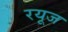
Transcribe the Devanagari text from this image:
रयूज